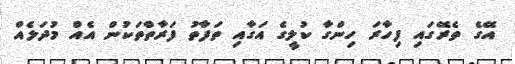
އޭގެ ތެރޭގައި ފިހާރަ ހިންގާ ކުލީގެ އަގާއި ތަފާތު ފަރާތްތަކުން އެއް މުދަލެއް